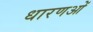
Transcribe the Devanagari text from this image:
धारणओं